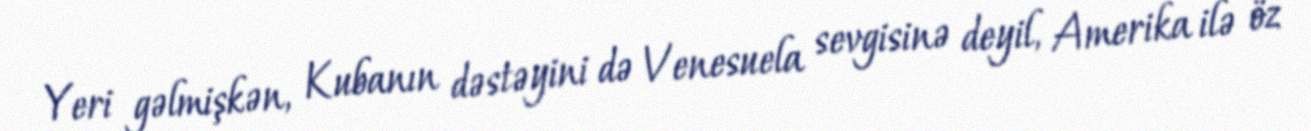
Yeri gəlmişkən, Kubanın dəstəyini də Venesuela sevgisinə deyil, Amerika ilə öz